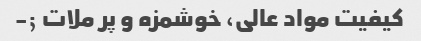
کیفیت مواد عالی، خوشمزه و پر ملات ;-